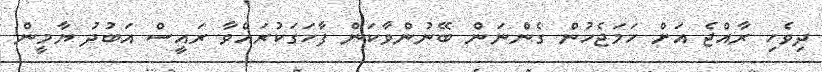
ދިވެހި ރާއްޖެ އަށް ހަމަޖެހުން ގެންނަން ބޭނުންވާކަން ފާހަގަކުރައްވާ ރައީސް އަބުދު ޔާމީން